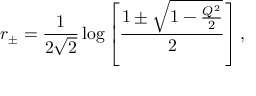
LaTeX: r _ { \pm } = { \frac { 1 } { 2 \sqrt 2 } } \log \left[ { \frac { 1 \pm \sqrt { 1 - { \frac { Q ^ { 2 } } { 2 } } } } { 2 } } \right] ,